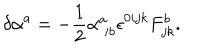
LaTeX: \delta \alpha ^ { a } = - \frac { 1 } { 2 } \alpha _ { \; i b } ^ { a } \epsilon ^ { 0 i j k } F _ { j k } ^ { b } .